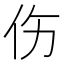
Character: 伤